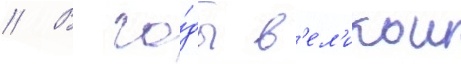
// В го́ды в'ел'икои